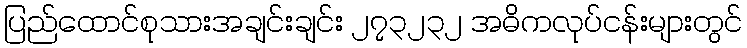
ပြည်ထောင်စုသားအချင်းချင်း ၂၇၃၂၃၂ အဓိကလုပ်ငန်းများတွင်